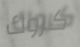
كروك